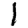
Digit: 1